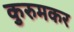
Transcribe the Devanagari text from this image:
कुरुमकर